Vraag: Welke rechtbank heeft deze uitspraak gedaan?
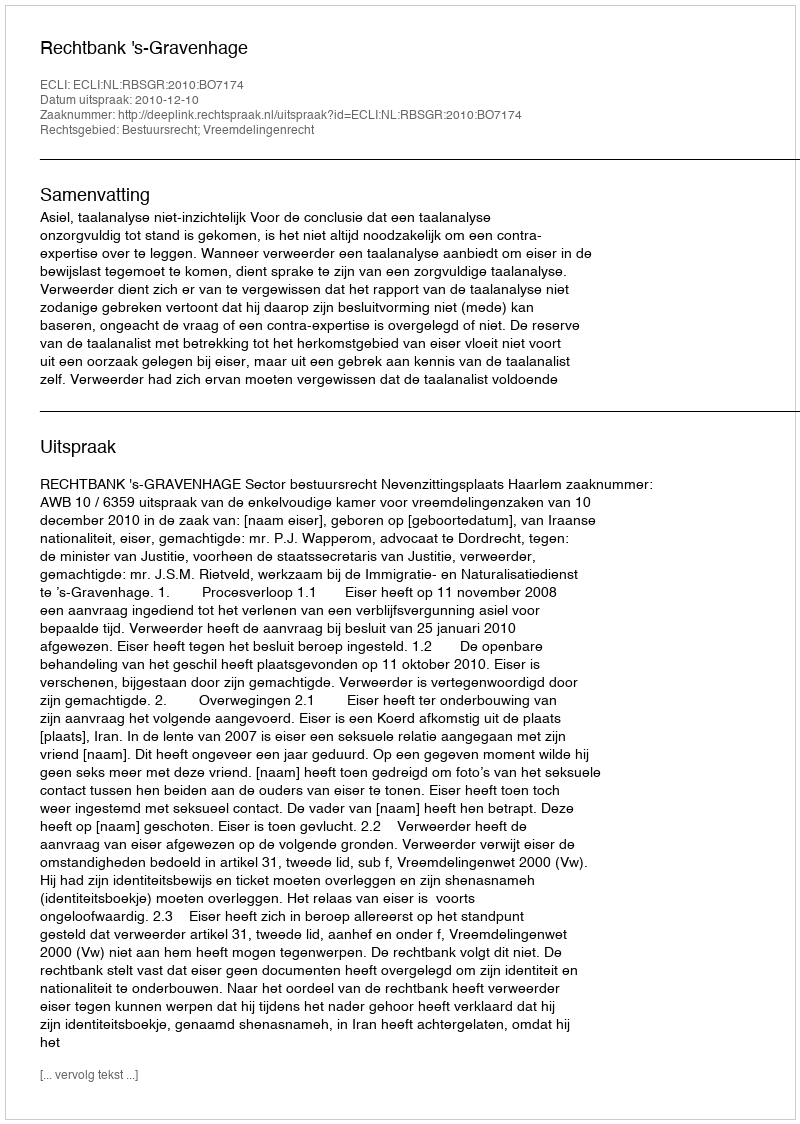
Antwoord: Rechtbank 's-Gravenhage